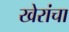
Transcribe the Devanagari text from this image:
खेरांचा